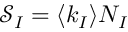
\mathcal { S } _ { I } = \langle k _ { I } \rangle N _ { I }